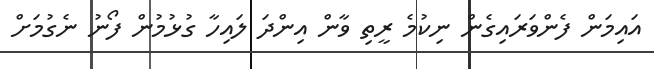
އައިމަން ފެންވަރައިގެން ނިކުމެ ރީތި ވާން އިންދަ ލައިހާ ގުޅުމުން ފޯނު ނެގުމަށް